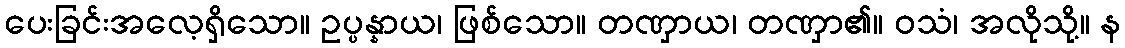
ပေးခြင်းအလေ့ရှိသော။ ဥပ္ပန္နာယ၊ ဖြစ်သော။ တဏှာယ၊ တဏှာ၏။ ဝသံ၊ အလိုသို့။ န